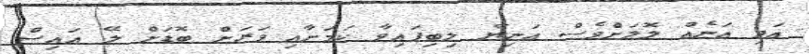
އަދި އަނެއް ލޮލަށްވެސް އަނިޔާ ލިބިފައިވާ ކަަމަށާއި ވަރަށް ބޮޑަށް ލޭ އައިސް